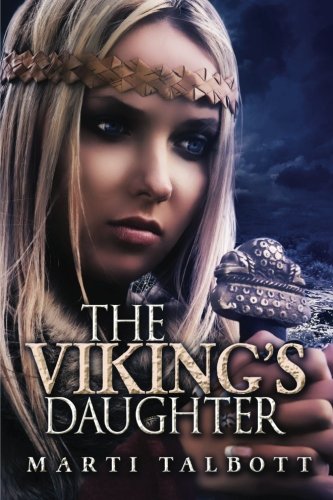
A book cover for The Viking's Daughter; Marti Talbott; Romance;